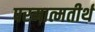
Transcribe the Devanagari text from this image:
परमात्मतीर्थ